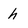
Character: h